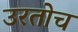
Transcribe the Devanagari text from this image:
उरतोच